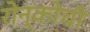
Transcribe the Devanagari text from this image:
रोन्कोची